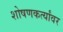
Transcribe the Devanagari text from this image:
शोषणकर्त्यांवर